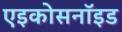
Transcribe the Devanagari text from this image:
एइकोसनॉइड